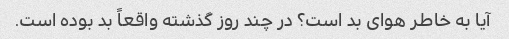
آیا به خاطر هوای بد است؟ در چند روز گذشته واقعاً بد بوده است.